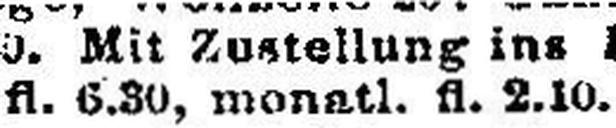
fl. 6.30, monatl. fl. 2.10